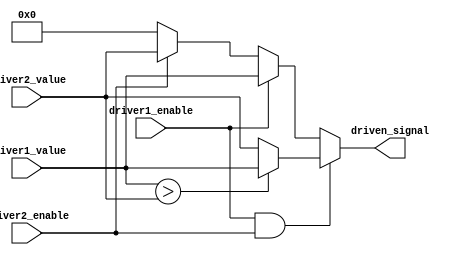
module multiple_drivers (
    input wire driver1_enable,
    input wire driver2_enable,
    input wire [7:0] driver1_value,
    input wire [7:0] driver2_value,
    output wire [7:0] driven_signal
);

// Internal wire to represent the signal driven by multiple sources
wire [7:0] temp_signal1, temp_signal2;

assign temp_signal1 = driver1_enable ? driver1_value : 8'bZ; // Driver 1 drives the signal
assign temp_signal2 = driver2_enable ? driver2_value : 8'bZ; // Driver 2 drives the signal

// Resolution logic to select which driver's signal to assign to driven_signal
assign driven_signal = (driver1_enable && driver2_enable) ?  // Both drivers enabled
                          (driver1_value > driver2_value ? driver1_value : driver2_value) : // Priority based on value
                          (driver1_enable ? driver1_value : // Only driver 1 enabled
                          (driver2_enable ? driver2_value : // Only driver 2 enabled
                          8'b00000000)); // Default value when no drivers are enabled

endmodule